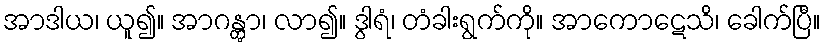
အာဒါယ၊ ယူ၍။ အာဂန္တွာ၊ လာ၍။ ဒွါရံ၊ တံခါးရွက်ကို။ အာကောဋေသိ၊ ခေါက်ပြီ။